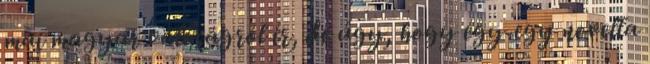
mai magyar valóságról ír, de úgy, hogy egy-egy novella